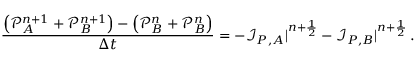
\frac { \left( \mathcal P _ { A } ^ { n + 1 } + \mathcal P _ { B } ^ { n + 1 } \right) - \left( \mathcal P _ { B } ^ { n } + \mathcal P _ { B } ^ { n } \right) } { \Delta t } = - \mathcal I _ { P , A } | ^ { n + \frac 1 2 } - \mathcal I _ { P , B } | ^ { n + \frac 1 2 } \, .